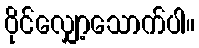
ဝိုင်လျှော့သောက်ပါ။